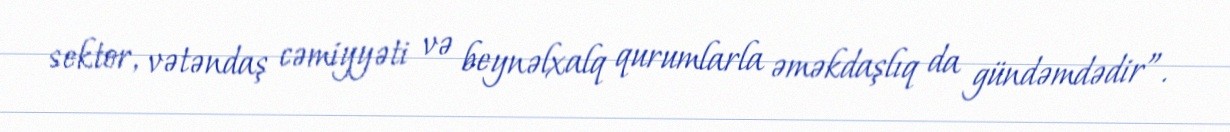
sektor, vətəndaş cəmiyyəti və beynəlxalq qurumlarla əməkdaşlıq da gündəmdədir”.